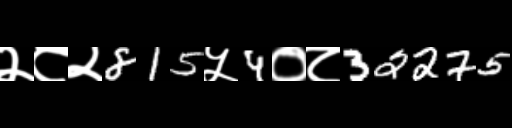
Text: २८२815५4०८32275